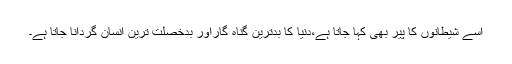
اسے شیطانوں کا پیر بھی کہا جاتا ہے،دنیا کا بدترین گناہ گاراور بدخصلت ترین انسان گردانا جاتا ہے۔